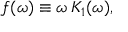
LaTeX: f ( \omega ) \equiv \omega \, K _ { 1 } ( \omega ) ,